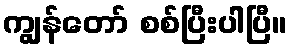
ကျွန်တော် စစ်ပြီးပါပြီ။